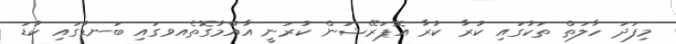
މިފަދަ ހާލަތް ތަކުގައި ކުރާ ކުރާ އޮޕަރޭޝަން ކުރަނީ އާއްމުގޮތެއވގައި ބަނޑުގައި ކުޑަ